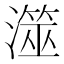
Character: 澨